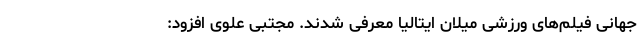
جهانی فیلم‌های ورزشی میلان ایتالیا معرفی شدند. مجتبی علوی افزود: